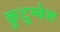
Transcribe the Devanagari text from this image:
कुटुम्बेश